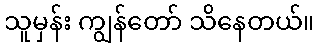
သူမှန်း ကျွန်တော် သိနေတယ်။